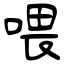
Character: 喂